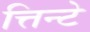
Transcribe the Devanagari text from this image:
त्तिन्टे